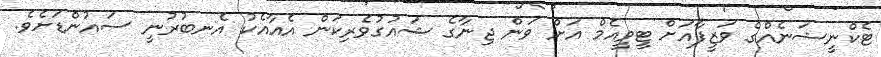
ޓެކްނީޝަނެއްގެ ވަޒީފާއަށް ޓީވީއެމް އަށް ވަން ޖިނާގެ ޝައުގުވެރިކަން އެއާއެކު އެނބުރުނީ ސައުންޑަށެވެ.